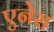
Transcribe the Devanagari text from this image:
एनेस